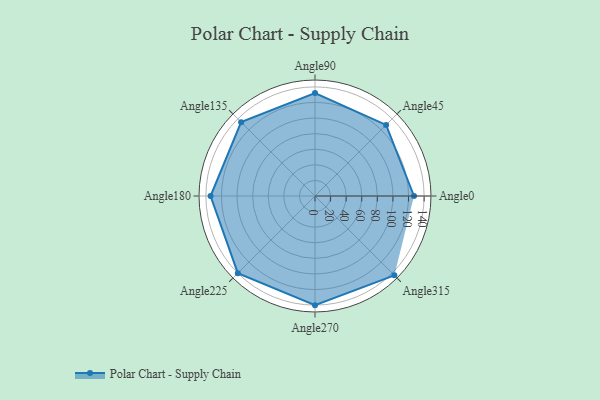
{"axis": {"x": "Angle", "y": "Radius"}, "legend": [""], "data": [{"x": "Angle0", "y": 127.0, "type": ""}, {"x": "Angle45", "y": 129.0, "type": ""}, {"x": "Angle90", "y": 132.0, "type": ""}, {"x": "Angle135", "y": 134.0, "type": ""}, {"x": "Angle180", "y": 134.0, "type": ""}, {"x": "Angle225", "y": 140.0, "type": ""}, {"x": "Angle270", "y": 140.0, "type": ""}, {"x": "Angle315", "y": 144.0, "type": ""}]}